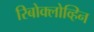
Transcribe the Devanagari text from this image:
रिबोक्लोव्हिन